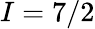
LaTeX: I=7/2